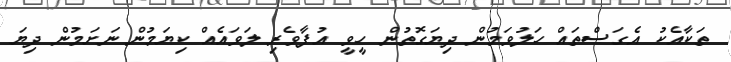
ތަކާއެކު އެގަސްތައް ހަލުވަމުން ދިޔަގޮތުން ހީވީ އުފާވެރި ލަވައެއް ކިޔަމުން ނަށަމުން ދިޔަ